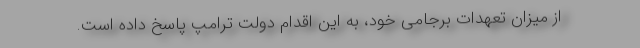
از میزان تعهدات برجامی خود، به این اقدام دولت ترامپ پاسخ داده است.